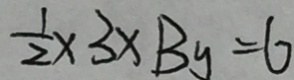
\frac { 1 } { 2 } \times 3 \times B _ { y } = 6